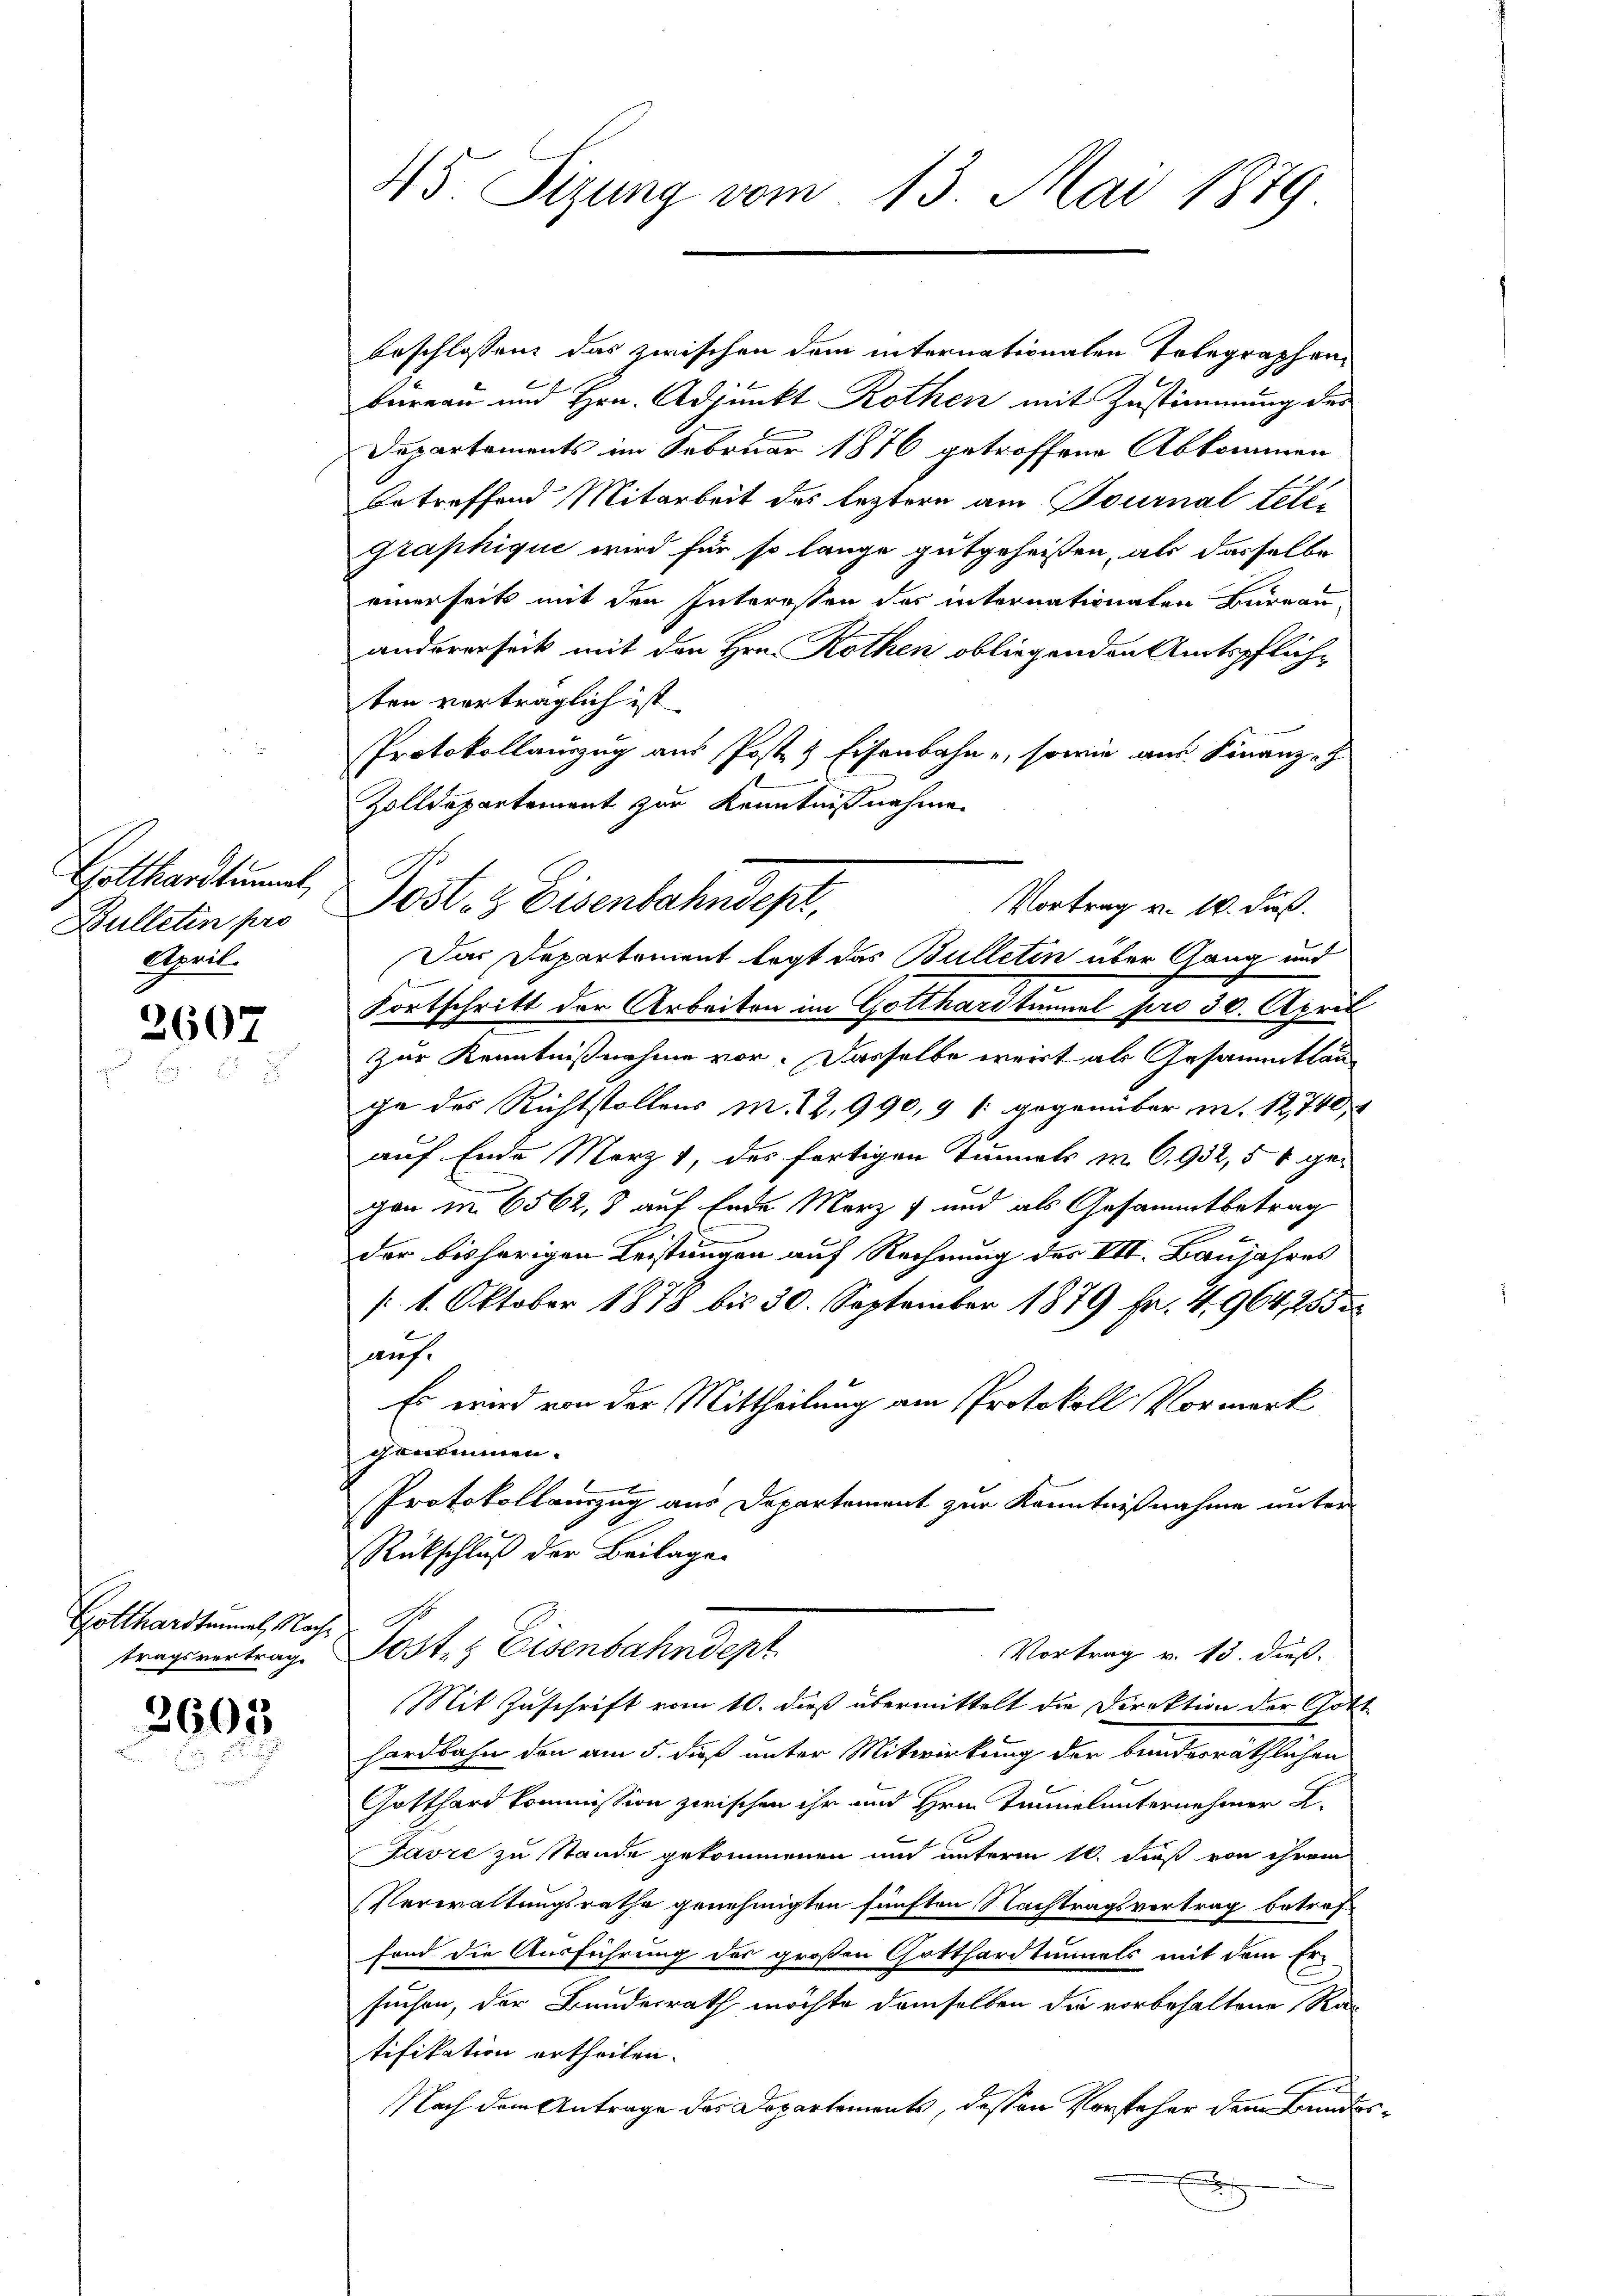
Gotthardtunal,
Bulleten pro
April.

2607

Gotthardtunnel, Nachtragsvertrage

2603

45 Sizung vom 13. Mai 1879

beschlossen, das zwischen dem internationalen Telegraphenbüreau und Hrn. Adjunkt Rothen mit Zustimmung des
Dapartements im Februar 1876 getroffene Abkommen
betreffend Mitarbeit des leztere am Tournal telegraphique wird für so lange gutgeheißen, als dasselbe
einerseits mit den Interessen des internationaten Bureau
andererseit mit den Hrn. Rothen obliegenden Amtspflich-
ten vorträglich ist.
Protokollauszug aus Post & Eisenbahne, sowie aus Finanz-
Zolldepartement zur Kenntnißnahmen
Das Departement legt das Bulletin über Gang und
Fortschritt der Arbeiten im Gotthardtunnel pro 30. April
Zur Kenntnißnahme vor. Dasselbe weit als Gesammtlau
ge des Richtstollens M. Z. 990, 9 (gegenüber m. 12740
auf Ende März 1, des fortigen Tunnels m. C. 932, 5 % gegan in 6562, 3 auf Ende Merz und als Gesammtbetrag
der bisherigen Leistungen auf Rechnung des VII. Baujahres
/1. Oktober 1878 bis 30. September 1879 Fr. 4, 964,2555
auf.
Es wird von der Mittheilung am Protokoll Vormerk
genommen.
Protokollauszug aus Departement zur Kenntnißnahme unter
Rückschluß der Beilage.
Post- & Eisenbahndept
Vortrag v. 13. dieß.
Mit Zuschrift vom 10. dieß übermittelt die Direktion der Gott
hardbahn den am 5. diß unter Mitwirkung der bundesräthlichen
Gotthard kommission zwischen ihr und Hrn. Tunnel unternehmer L.
Favre zu Stande gekommenen und unterm 16. dieß von ihrem
Verwaltungsrathe genehmigten fünften Nachtragsvertrag betref
fond die Ausführung des großen Gotthardtunnels mit dem Er-
suchen, der Bundesrath möchte demselben die vorbehaltene Ratifikation ertheilen.
e
Nach dem Antrage des Departements, dessen Vorsteher dem Bunde

Post- & Eisenbahndept,
Vortrag v. 10. Fuß.

2